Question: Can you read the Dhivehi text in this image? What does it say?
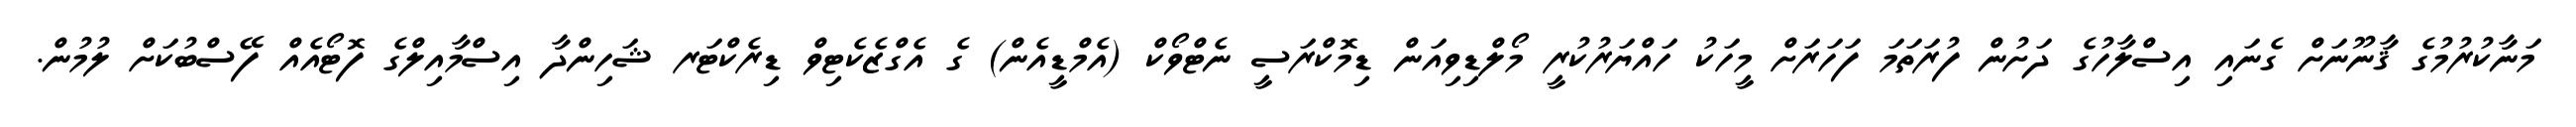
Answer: މަނާކުރުމުގެ ޤާނޫނަށް ގެނައި އިސްލާހުގެ ދަށުން ފުރަތަމަ ފަހަރަށް މީހަކު ހައްޔަރުކުރީ މޯލްޑިވިއަން ޑިމޮކްރަސީ ނެޓްވޯކް (އެމްޑީއެން) ގެ އެގްޒެކެޓިވް ޑިރެކްޓަރ ޝަހިންދާ އިސްމާއިލްގެ ފޮޓޯއެއް ފޭސްބުކަށް ލުމުން.